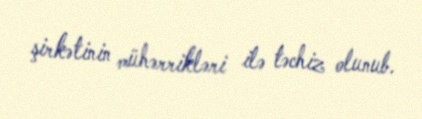
şirkətinin mühərrikləri ilə təchiz olunub.